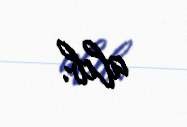
alıb.